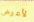
لأعرض